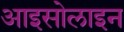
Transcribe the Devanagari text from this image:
आइसोलाइन